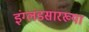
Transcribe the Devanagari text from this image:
इंग्लंडसारख्या